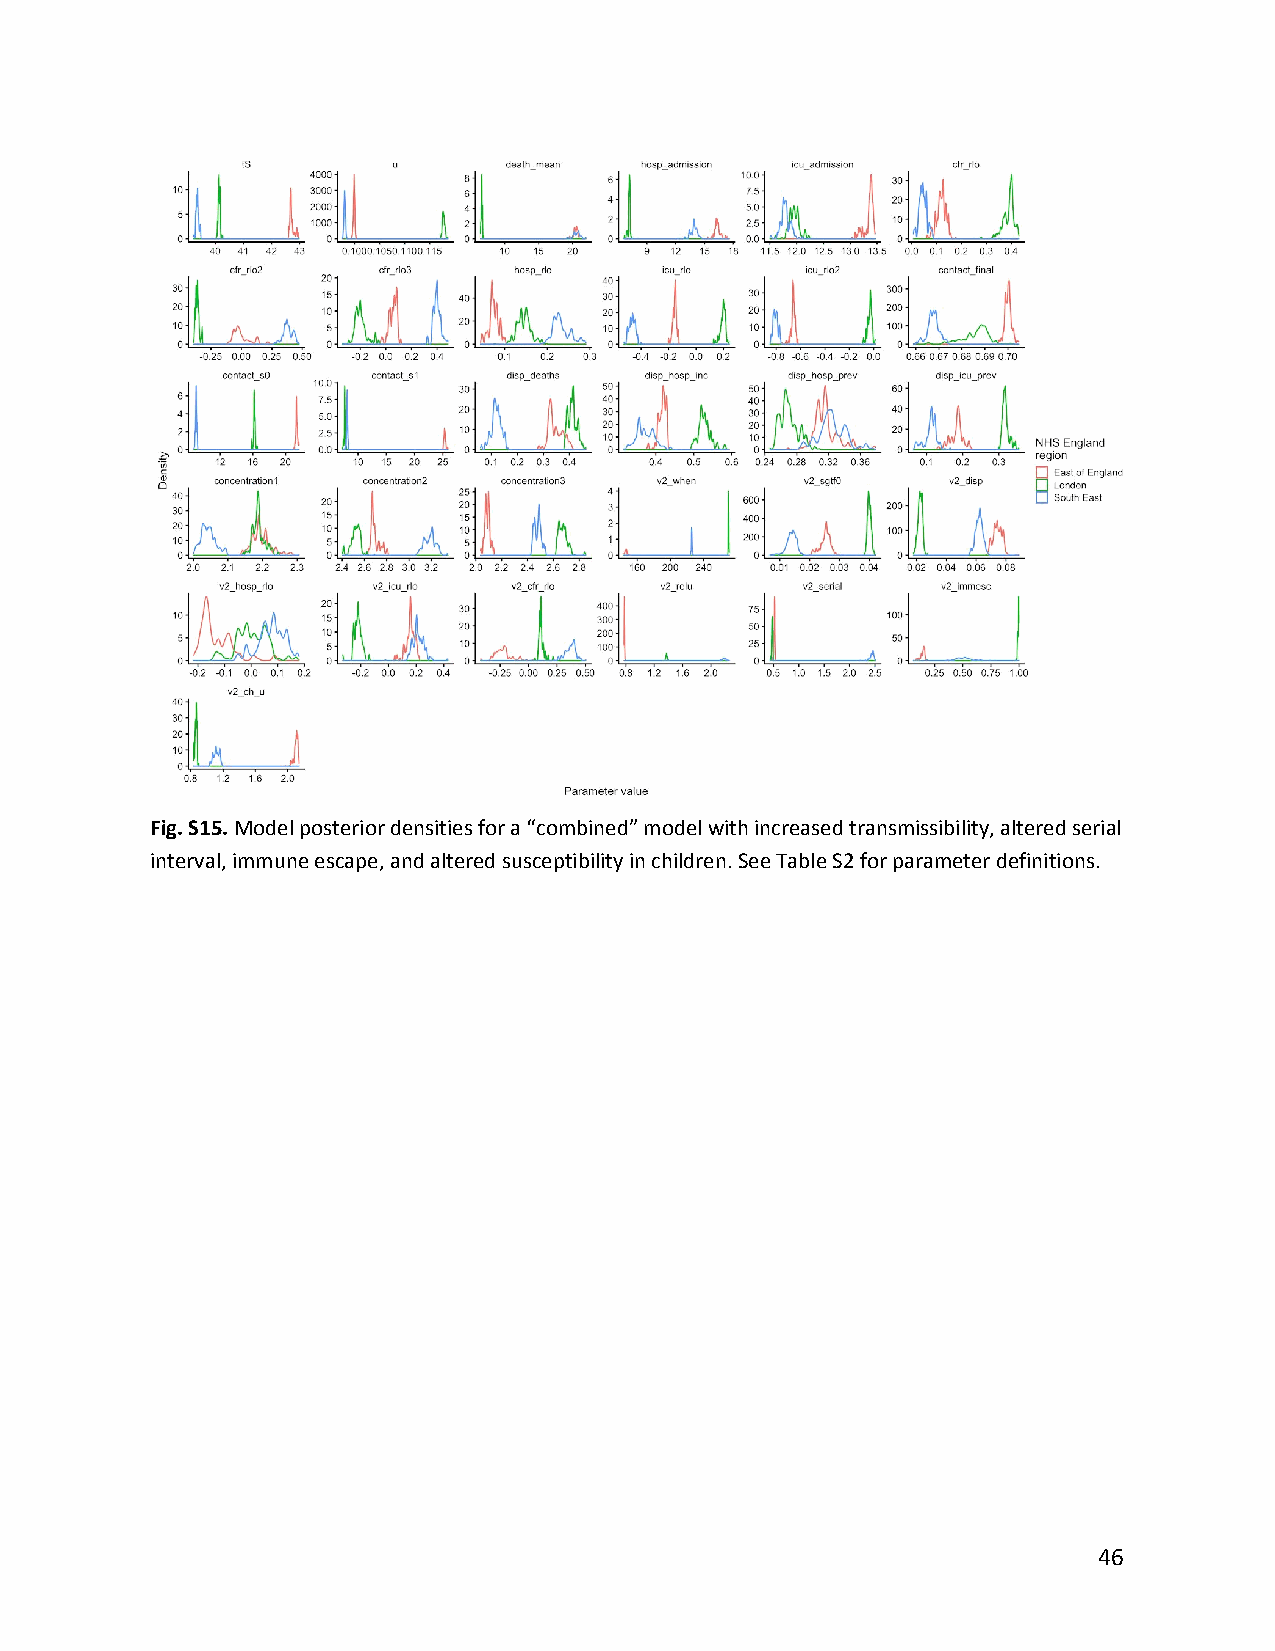
Fig. S15. Model posterior densities for a “combined” model with increased transmissibility, altered serial
 ​
 interval, immune escape, and altered susceptibility in children. See Table S2 for parameter definitions.
 46